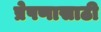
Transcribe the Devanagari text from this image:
प्रेषणासाठी